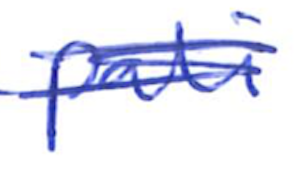
Text: pali
Cross-out: scratch
Writing tool: ballpoint